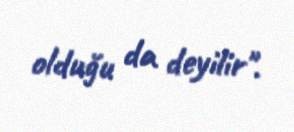
olduğu da deyilir".